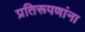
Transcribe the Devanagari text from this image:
प्रतिरूपणांना